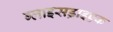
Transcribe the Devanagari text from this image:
ग्लाइसड्राइएक